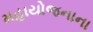
મહાયોજનાના